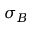
\sigma _ { B }